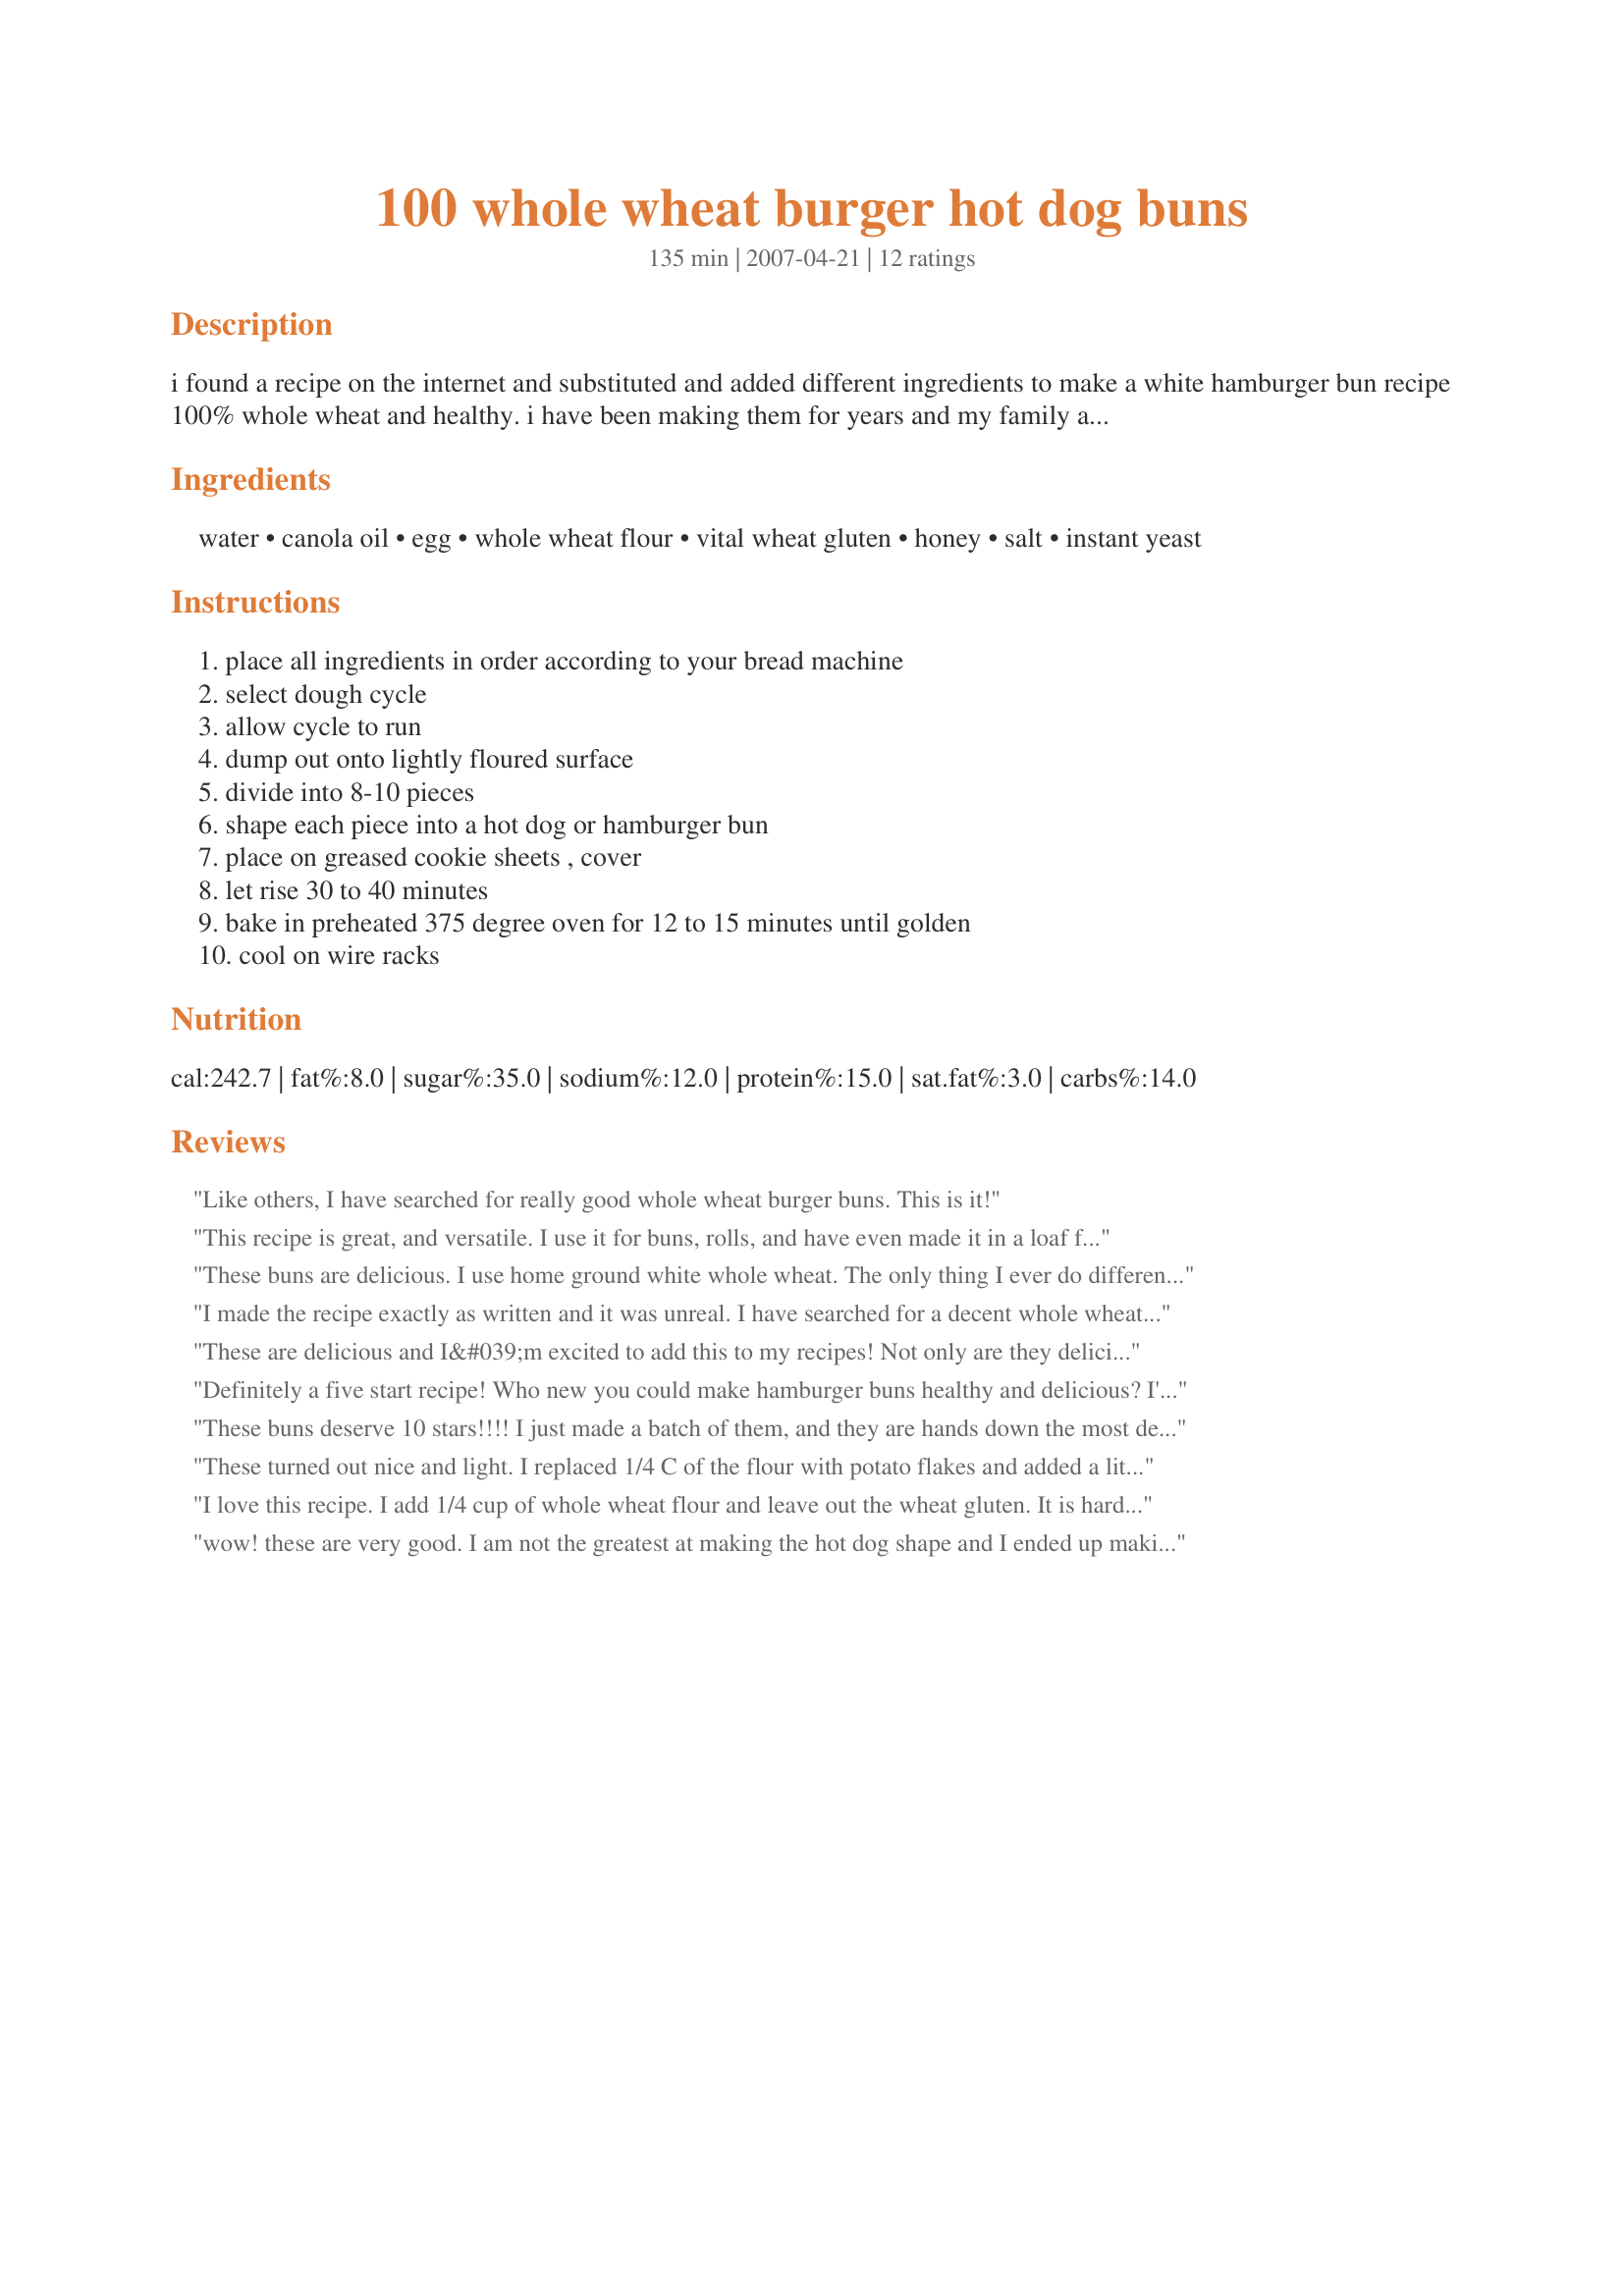
100 whole wheat burger hot dog buns
Preparation time: 135 minutes

i found a recipe on the internet and substituted and added different ingredients to make a white hamburger bun recipe 100% whole wheat and healthy. i have been making them for years and my family and friends just love these buns! never will i buy buns again! as with any bread machine recipe, add flour and/or water as needed. you can add other ingredients such as dried onion flakes, ground flax seed or whatever. sometimes after cooling i wrap and freeze them and defrost as needed. i hope you will love this recipe as much as i do! also, this recipe also makes great dinner rolls. just divide dough into 12 to 24 balls, depending on the size of roll you want.

Ingredients:
water, canola oil, egg, whole wheat flour, vital wheat gluten, honey, salt, instant yeast

Steps:
place all ingredients in order according to your bread machine, select dough cycle, allow cycle to run, dump out onto lightly floured surface, divide into 8-10 pieces, shape each piece into a hot dog or hamburger bun, place on greased cookie sheets , cover, let rise 30 to 40 minutes, bake in preheated 375 degree oven for 12 to 15 minutes until golden, cool on wire racks

Reviews:
Like others, I have searched for really good whole wheat burger buns. This is it!
This recipe is great, and versatile. I use it for buns, rolls, and have even made it in a loaf for slicing. Great every way!
These buns are delicious. I use home ground white whole wheat. The only thing I ever do differently to this recipe is to egg wash them and add sesame or poppy seeds. The texture is wonderful.
I made the recipe exactly as written and it was unreal. I have searched for a decent whole wheat bun recipe and this one goes into the permanent file. OUTSTANDING!! Thanks Chef #468972!
These are delicious and I&#039;m excited to add this to my recipes! Not only are they delicious and much better than grocery store whole wheat buns, they are beautiful. I wish I would have taken a picture since our burgers looked (and tasted) like a gourmet burger from a high end restaurant.

Thanks for a GREAT recipe... I know how long it can take to post recipes and I&#039;m so thankful for the effort.
Definitely a five start recipe! Who new you could make hamburger buns healthy and delicious? I'm on a mission to eliminate white flour from my diet, and this recipe uses all whole grains without sacrificing any flavor. I even substituted 3/4 cup flour for ground flax seed and dusted the tops of the buns with chopped oatmeal. Definitely will be the one recipe I'll use from here on out. Just a tip: I found it easier to "shape" the prepared dough by laying it out in a rectangle and cutting the individual buns out of it. That way they look like they came from a professional bakery.
These buns deserve 10 stars!!!! I just made a batch of them, and they are hands down the most delicious rolls I have ever had in my entire life! I've never had whole wheat buns that were this soft, and the taste is superb. And, if that's not enough, they were a cinch to make. I will NEVER buy burger buns again. Thank you!
5/15/09 I have made these rolls a number of times already. If you don't like the taste of whole wheat, but want the added nutrition, I started making these with Bob's Red Mill White Whole Wheat Flour. No one can believe that they're whole wheat! Everything else I do exactly as the recipe says. They're absolutely amazing!
These turned out nice and light. I replaced 1/4 C of the flour with potato flakes and added a little dab of orange juice concentrate to the water because, according to King Arthur Flour, it cuts the tannic taste you can get with whole wheat.
I love this recipe. I add 1/4 cup of whole wheat flour and leave out the wheat gluten. It is hard to find and expensive. STILL works perfect. I don't use a bread maker, but use my kitchenaid. I let it rest for 1 1/2 hours for the first rising and follow the recipe after that. It also works fantastic as a sandwich loaf
wow! these are very good. I am not the greatest at making the hot dog shape and I ended up making them too big for our dogs. The size I made would be good for smokies. I am going to try and make this over and over again and use this for hamberger buns as well. Thank you very much!
I just made these as I wanted a &quot;healthy&quot; version of burger buns. OMG they are so delicious!!!. Following the tip from another reviewer, I added 2tbs of flaxseed meal to the mix. I also used cocunut/avocado oil instead of Canola. My husband is picky when it comes to breads but he just keep kept saying these are so good he wants to eat them by themselves. I made a lentil burger to accompany these marvelous buns. Great recipe, will make again for sure!
I agree with the other reviewers. This recipe is amazing. Great hot dog buns, hamburger buns, and dinner rolls. I have made this with KAF whole wheat flour and chapati whole wheat flour. I have also made this using maple syrup with the same delicious results.
